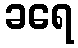
ခရေ